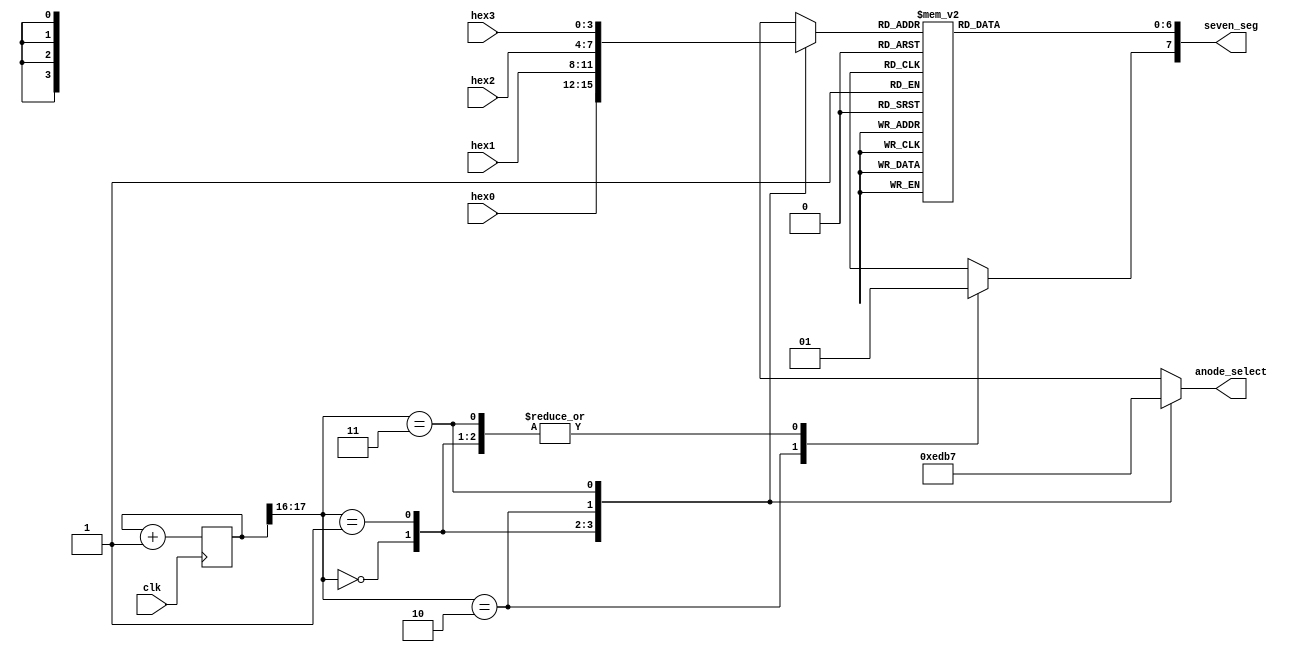
`timescale 1ns / 1ps
//////////////////////////////////////////////////////////////////////////////////
// Company: 
// 
// Design Name: Stopwatch
// Module Name: displayDriver
// Project Name: 
// Target Devices: 
// Tool Versions: 
// Description: 
// 
// Dependencies: 
// 
// Revision:
// Revision 0.01 - File Created
// Additional Comments:
// 
//////////////////////////////////////////////////////////////////////////////////


module displayDriver(
    input clk,
    input [3:0] hex3,
    input [3:0] hex2,
    input [3:0] hex1,
    input [3:0] hex0,
    output reg [3:0] anode_select,
    output reg [7:0] seven_seg
    );
    
    // Refresh the Seven segment at this rate: 50 Mhz / 2^16 = 763 Hz
	
	localparam N = 18;
	
	// internal signals
	reg [N-1:0] refresh_rate;
	wire [N-1:0] refresh_next;
	reg [3:0] hex_in;
	localparam dot = 4'b1011;
	reg sseg_dot;
	
	// counter register 
	always @(posedge clk)
              refresh_rate <= refresh_next; 
	
	// next state logic 
	assign refresh_next = refresh_rate + 1;
	
	// 2 MSBs control 4-to-1 multiplexing (active low)
	always @*
	   case (refresh_rate[N-1:N-2])
   
		2'b00:
	           begin 
		           anode_select = 4'b1110;
                   hex_in = hex0;
		           sseg_dot = dot[0];
                   end
				
		2'b01:
                   begin 
		           anode_select = 4'b1101;
                   hex_in = hex1;
		           sseg_dot = dot[1];
                   end
				
		2'b10:
	           begin 
		           anode_select = 4'b1011;
                   hex_in = hex2;
		           sseg_dot = dot[2];
                   end	

                2'b11:				
                   begin 
		              anode_select = 4'b0111;
                      hex_in = hex3;
		              sseg_dot = dot[3];
                   end	
				
                default:
                   begin 
                      anode_select = 4'b1111;
		              sseg_dot = 1'b1;
                   end
           endcase 			
	
	// display values using the seven segment 
	always @*
        begin 
         case(hex_in)
	       4'h0: seven_seg[6:0] = 7'b0000001;
	       4'h1: seven_seg[6:0] = 7'b1001111;
	       4'h2: seven_seg[6:0] = 7'b0010010;
	       4'h3: seven_seg[6:0] = 7'b0000110;
	       4'h4: seven_seg[6:0] = 7'b1001100;
	       4'h5: seven_seg[6:0] = 7'b0100100;
	       4'h6: seven_seg[6:0] = 7'b0100000;
	       4'h7: seven_seg[6:0] = 7'b0001111;
	       4'h8: seven_seg[6:0] = 7'b0000000;
	       4'h9: seven_seg[6:0] = 7'b0000100;
	       4'ha: seven_seg[6:0] = 7'b0001000;
	       4'hb: seven_seg[6:0] = 7'b1100000;
	       4'hc: seven_seg[6:0] = 7'b0110001;
	       4'hd: seven_seg[6:0] = 7'b1000010;
	       4'he: seven_seg[6:0] = 7'b0110000;
	       default: seven_seg[6:0] = 7'b0111000; // 4'hf
	  endcase 
	  seven_seg[7] = sseg_dot;
         end
endmodule